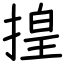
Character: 揘